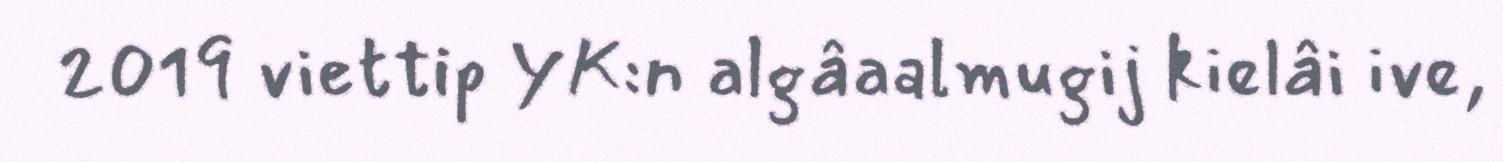
2019 viettip YK:n algâaalmugij kielâi ive,